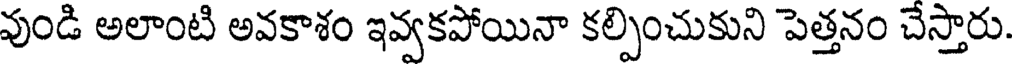
వుండి అలాంటి అవకాశం ఇవ్వకపోయినా కల్పించుకుని పెత్తనం చేస్తారు.